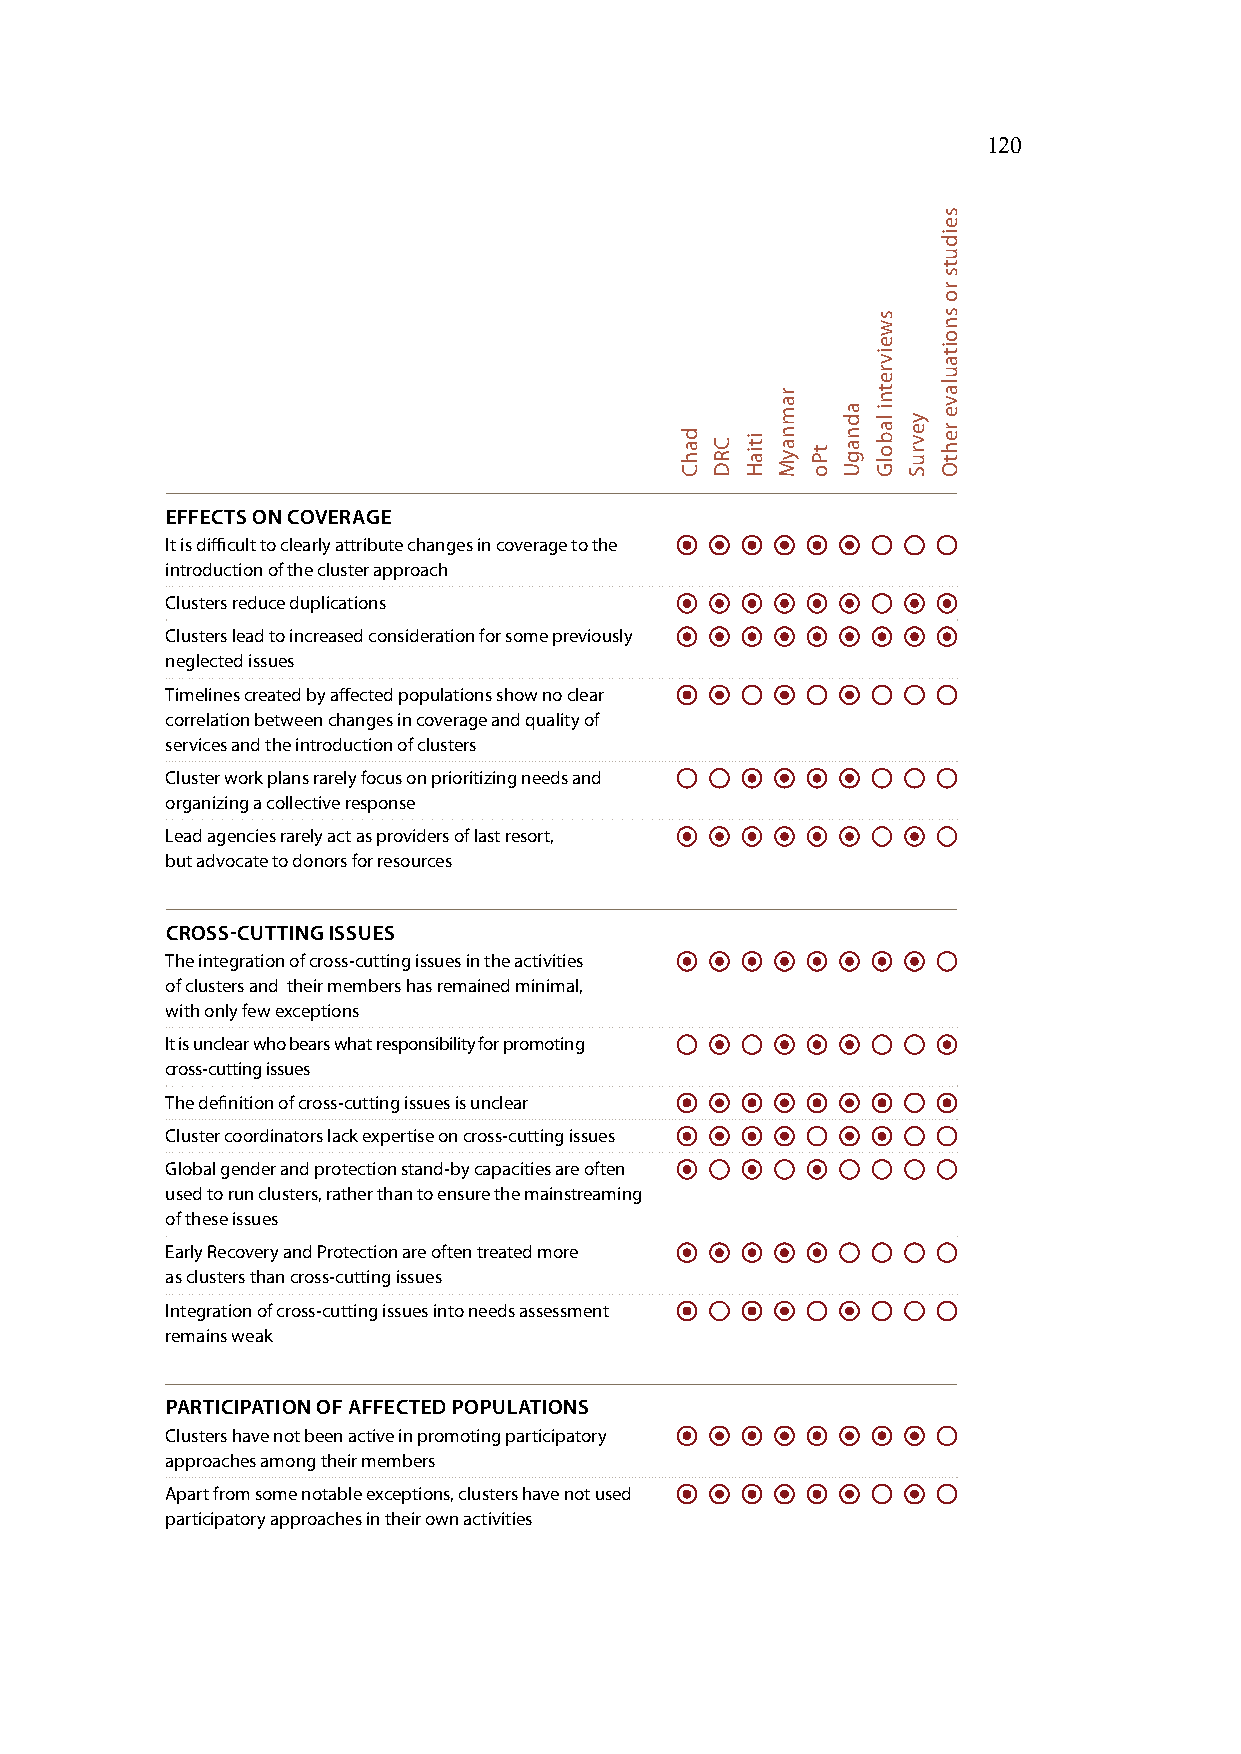
120
 EFFECTS ON COVERAGE
 It is difficult to clearly attribute changes in coverage to the
 introduction of the cluster approach
 Clusters reduce duplications
 Clusters lead to increased consideration for some previously
 neglected issues
 Timelines created by affected populations show no clear
 correlation between changes in coverage and quality of
 services and the introduction of clusters
 Cluster work plans rarely focus on prioritizing needs and
 organizing a collective response
 Lead agencies rarely act as providers of last resort,
 but advocate to donors for resources
 CROSS-CUTTING ISSUES
 The integration of cross-cutting issues in the activities
 of clusters and their members has remained minimal,
 with only few exceptions
 It is unclear who bears what responsibility for promoting
 cross-cutting issues
 The definition of cross-cutting issues is unclear
 Cluster coordinators lack expertise on cross-cutting issues
 Global gender and protection stand-by capacities are often
 used to run clusters, rather than to ensure the mainstreaming
 of these issues
 Early Recovery and Protection are often treated more
 as clusters than cross-cutting issues
 Integration of cross-cutting issues into needs assessment
 remains weak
 PARTICIPATION OF AFFECTED POPULATIONS
 Clusters have not been active in promoting participatory
 approaches among their members
 Apart from some notable exceptions, clusters have not used
 participatory approaches in their own activities
 dahC CRD itiaH
 ramnayM
 tPo
 adnagU
 sweivretni
 labolG yevruS
 seiduts
 ro
 snoitaulave
 rehtO